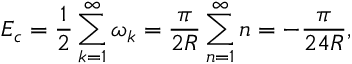
E _ { c } = \frac { 1 } { 2 } \sum _ { k = 1 } ^ { \infty } \omega _ { k } = \frac { \pi } { 2 R } \sum _ { n = 1 } ^ { \infty } n = - \frac { \pi } { 2 4 R } ,